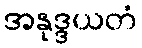
အနုဒ္ဒယတံ